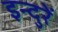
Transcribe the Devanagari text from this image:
इन्दुरें